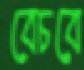
বেচবে